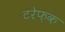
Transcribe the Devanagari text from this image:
टरेफ़क